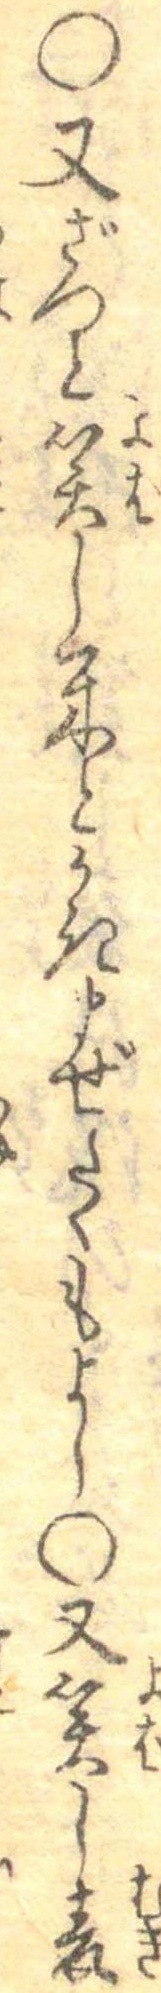
○又ざつと笑し米とかきまぜたくもよし○又笑し麦